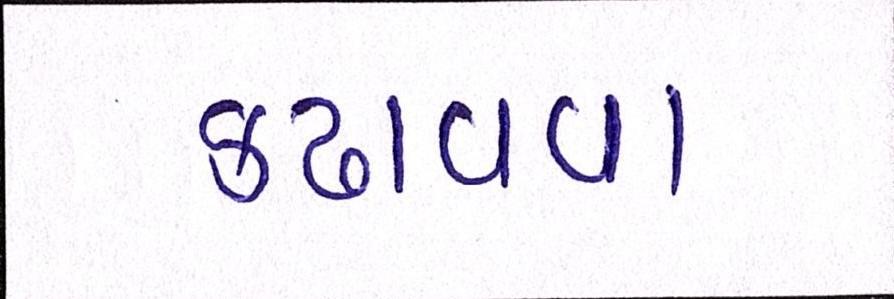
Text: કઢાવવા